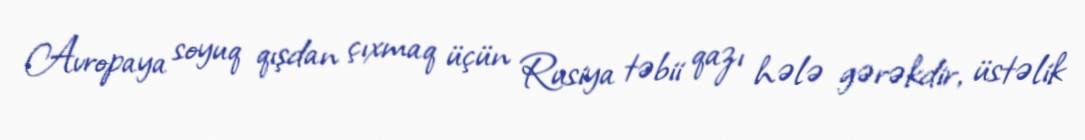
Avropaya soyuq qışdan çıxmaq üçün Rusiya təbii qazı hələ gərəkdir, üstəlik